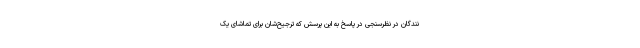
نندگان در نظرسنجی در پاسخ به این پرسش که ترجیح‌شان برای تماشای یک